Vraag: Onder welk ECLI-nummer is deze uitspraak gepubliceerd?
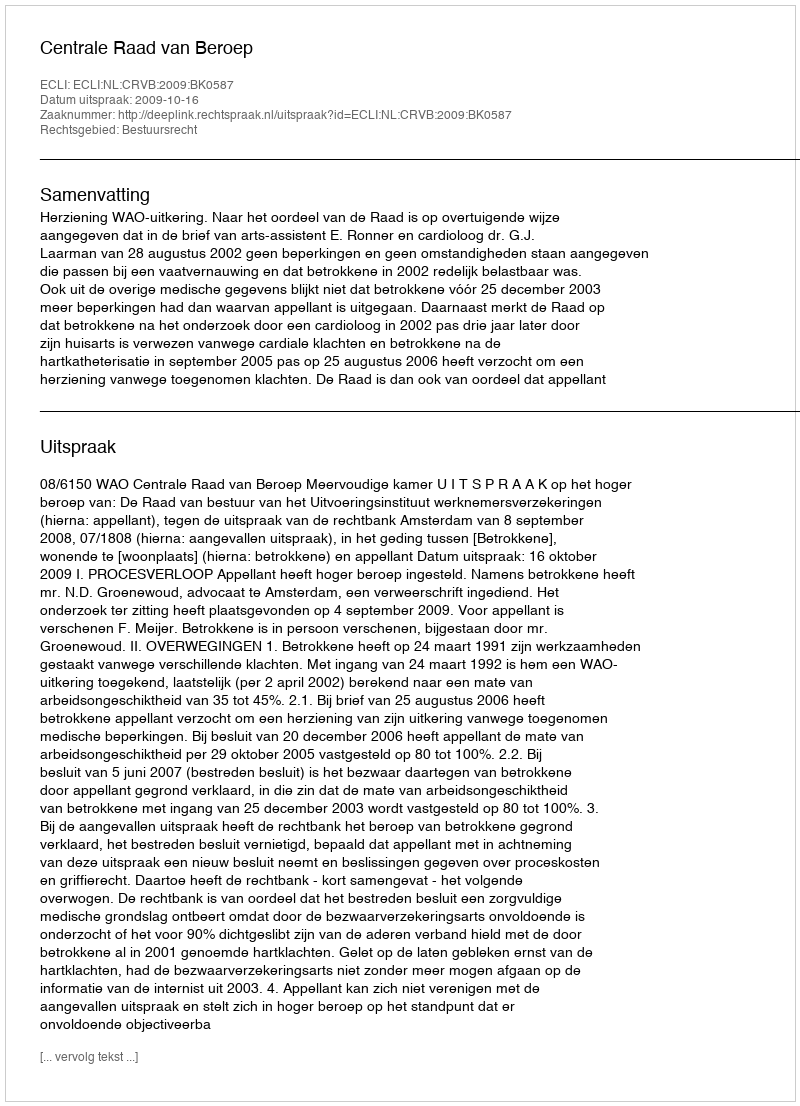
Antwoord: ECLI:NL:CRVB:2009:BK0587